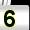
Digit: 5